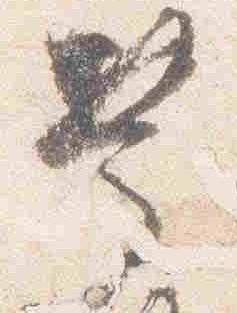
慶